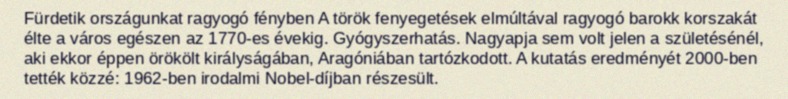
Fürdetik országunkat ragyogó fényben A török fenyegetések elmúltával ragyogó barokk korszakát élte a város egészen az 1770-es évekig. Gyógyszerhatás. Nagyapja sem volt jelen a születésénél, aki ekkor éppen örökölt királyságában, Aragóniában tartózkodott. A kutatás eredményét 2000-ben tették közzé: 1962-ben irodalmi Nobel-díjban részesült.